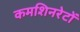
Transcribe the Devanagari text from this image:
कमशिनरेटों